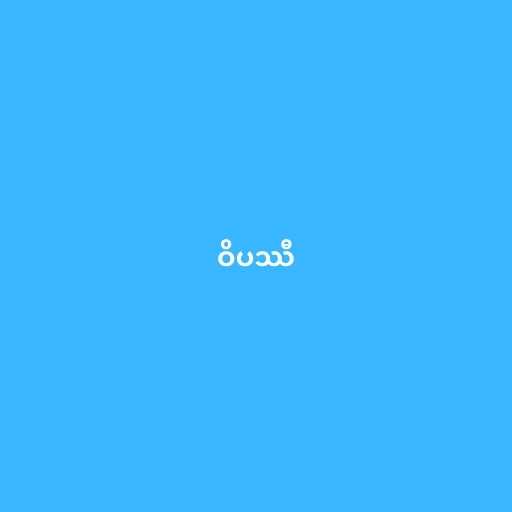
ဝိပဿီ